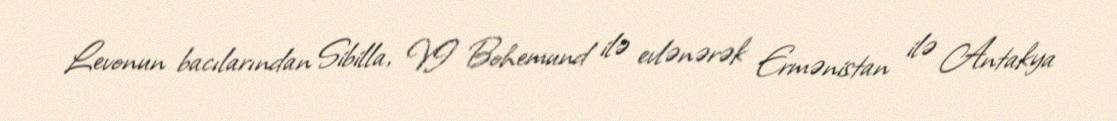
Levonun bacılarından Sibilla, VI Bohemund ilə evlənərək Ermənistan ilə Antakya